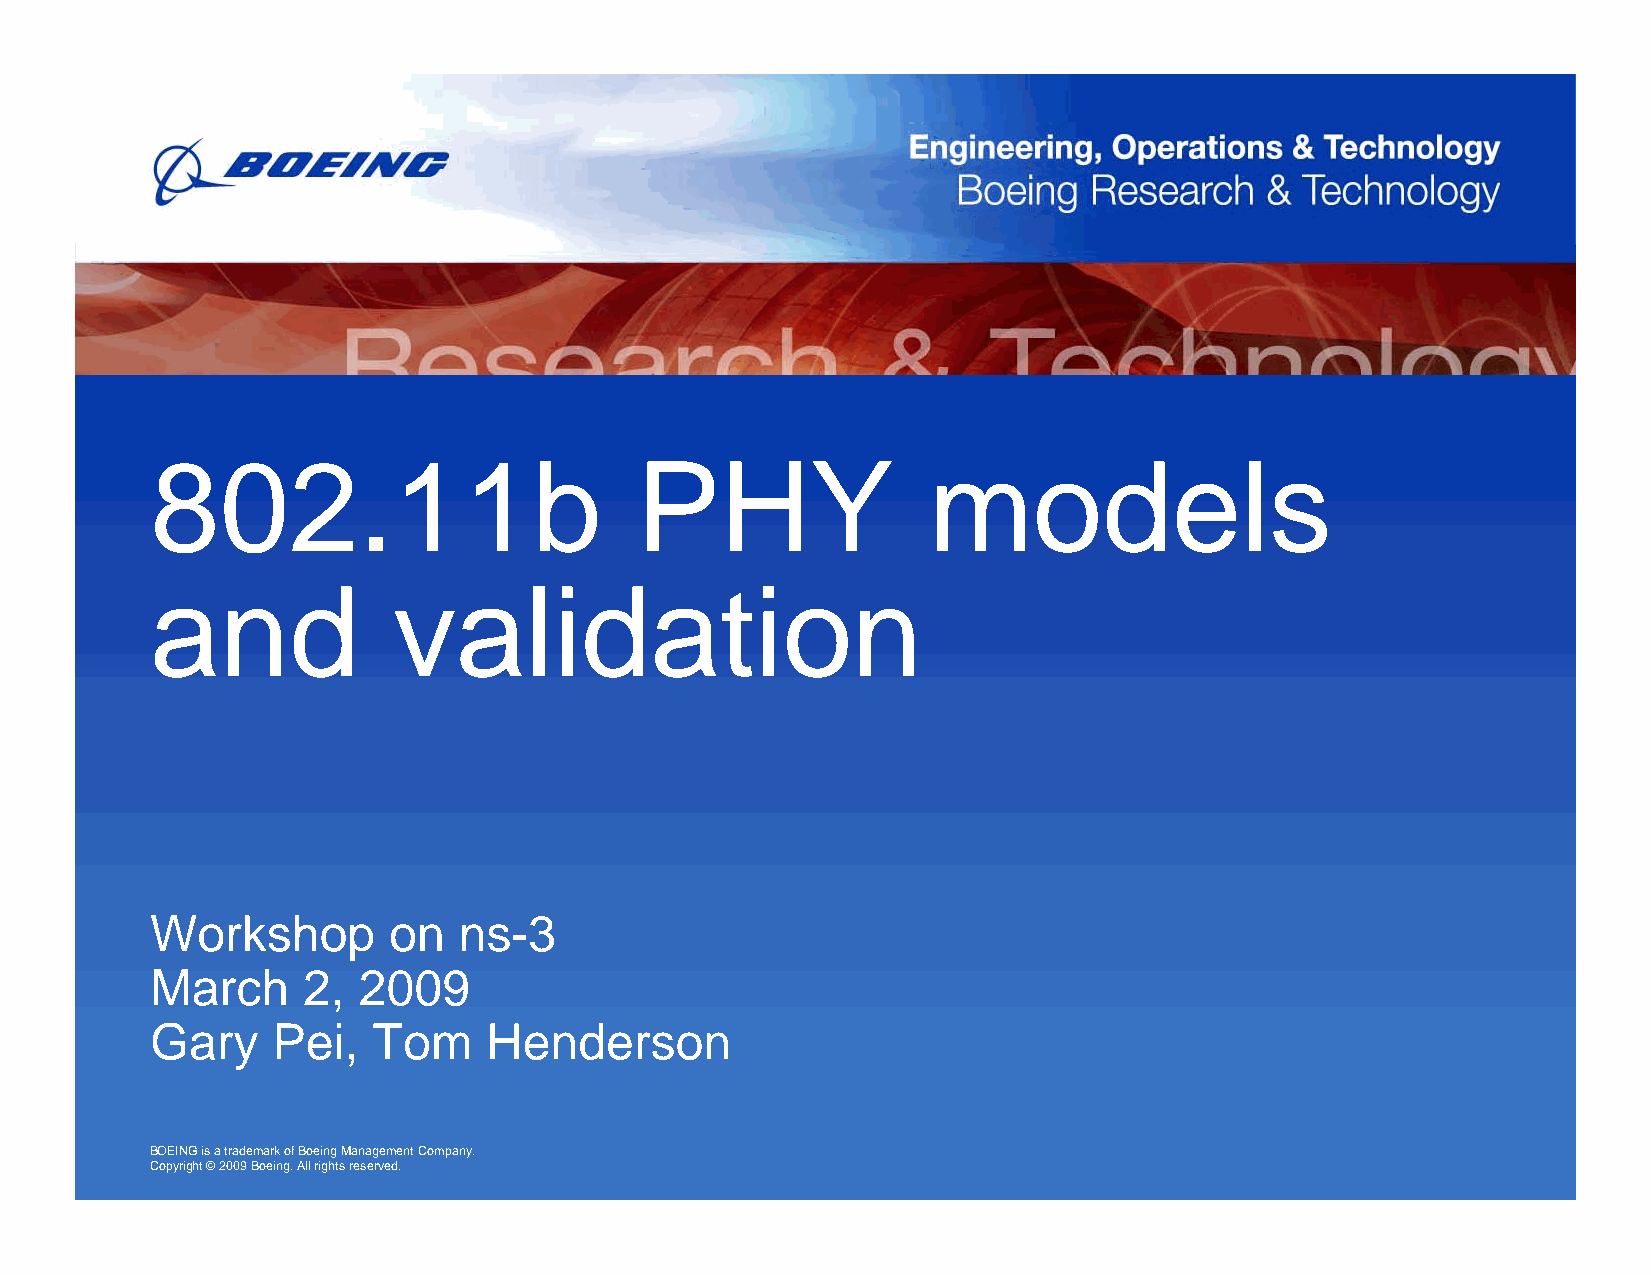
802.11b                         PHY                models
 and             validation
 Workshop        on  ns-3
 March     2,  2009
 Gary    Pei,   Tom    Henderson
 BOEING is a trademark of Boeing Management Company.
 Copyright ©2009 Boeing. All rights reserved.